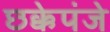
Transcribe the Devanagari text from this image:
छक्केपंजे